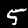
Digit: 5